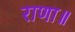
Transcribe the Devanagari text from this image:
राणा॥